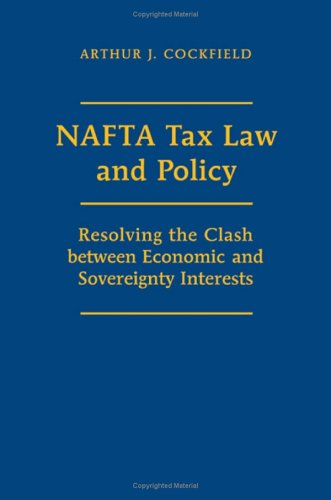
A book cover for NAFTA Tax Law and Policy: Resolving the Clash between Economic and Sovereignty Interests; Arthur J. Cockfield; Law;